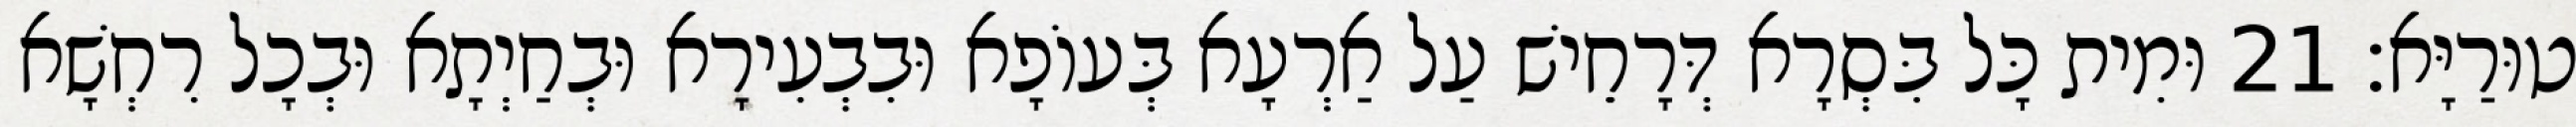
טוּרַיָּא׃ 21 וּמִית כָּל בִּסְרָא דְּרָחֵישׁ עַל אַרְעָא בְּעוֹפָא וּבִבְעִירָא וּבְחַיְתָא וּבְכָל רִחְשָׁא